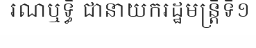
រណឬទ្ធិ ជានាយករដ្ឋមន្ត្រីទី១